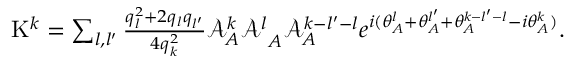
\begin{array} { r } { \mathrm { K } ^ { k } = \sum _ { l , l ^ { \prime } } \frac { q _ { l } ^ { 2 } + 2 q _ { l } q _ { l ^ { \prime } } } { 4 q _ { k } ^ { 2 } } { \mathcal { A } _ { A } ^ { k } \mathcal { A } ^ { l } } _ { A } \mathcal { A } _ { A } ^ { k - l ^ { \prime } - l } e ^ { i ( \theta _ { A } ^ { l } + \theta _ { A } ^ { l ^ { \prime } } + \theta _ { A } ^ { k - l ^ { \prime } - l } - { i \theta _ { A } ^ { k } } ) } . } \end{array}